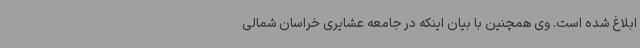
ابلاغ شده است. وی همچنین با بیان اینکه در جامعه عشایری خراسان شمالی